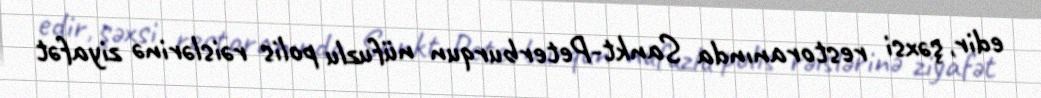
edir, şəxsi restoranında Sankt-Peterburqun nüfuzlu polis rəislərinə ziyafət